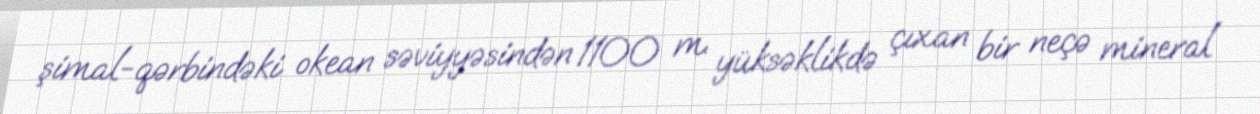
şimal-qərbindəki okean səviyyəsindən 1100 m. yüksəklikdə çıxan bir neçə mineral